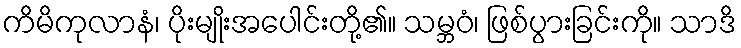
ကိမိကုလာနံ၊ ပိုးမျိုးအပေါင်းတို့၏။ သမ္ဘဝံ၊ ဖြစ်ပွားခြင်းကို။ သာဒိ